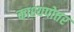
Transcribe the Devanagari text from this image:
काश्यपोत्तर